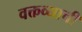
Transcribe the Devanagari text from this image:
वक्तव्याची